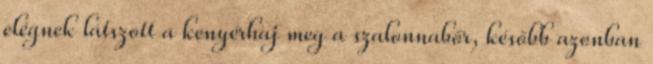
elégnek látszott a kenyérhaj meg a szalonnabőr, később azonban